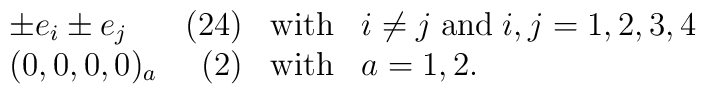
\begin{array}{lrcl} \pm e_{i} \pm e_{j} & (24) & \mbox{with} & i\neq j \; \mbox{and} \;i,j=1,2,3,4 \\(0,0,0,0)_{a} & (2) & \mbox{with} & a=1,2.\end{array}